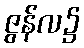
ဇွန်လ၌